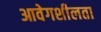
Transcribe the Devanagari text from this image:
आवेगशीलता